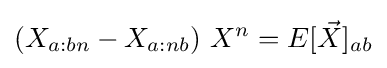
\left(X_{a:bn}-X_{a:nb}\right)\,X^{n}=E[{\vec {X}}]_{ab}